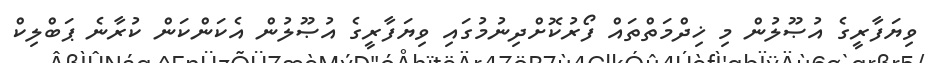
ވިޔަފާރީގެ އުޞޫލުން މި ޚިދްމަތްތައް ފޯރުކޮށްދިނުމުގައި ވިޔަފާރީގެ އުޞޫލުން އެކަންކަން ކުރާނެ ޕަބްލިކް